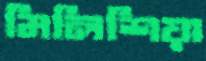
মিলিশিয়া